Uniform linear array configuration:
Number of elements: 32
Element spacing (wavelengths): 0.25
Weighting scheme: hann
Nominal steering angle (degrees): -60
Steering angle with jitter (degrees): -60.472
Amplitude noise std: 0.05
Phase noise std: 0.05

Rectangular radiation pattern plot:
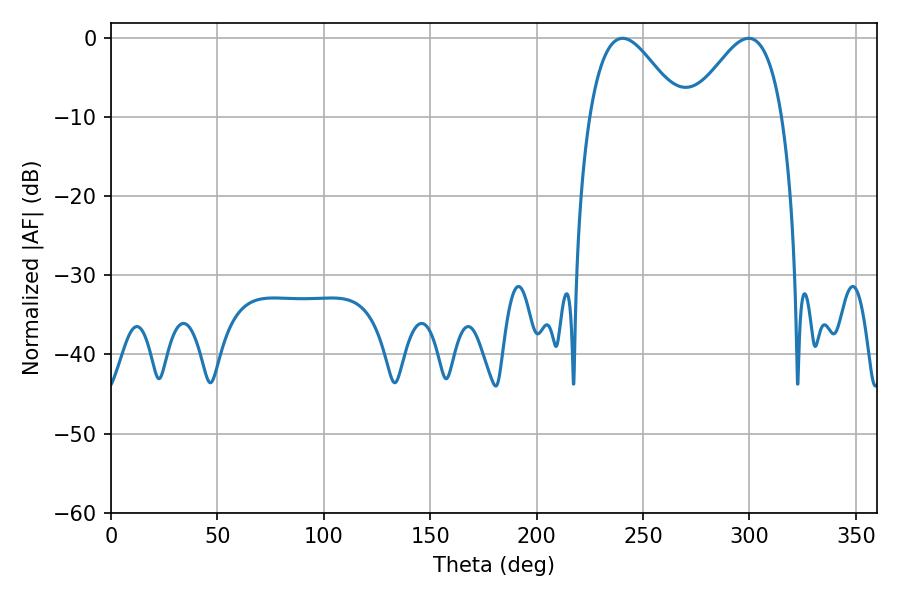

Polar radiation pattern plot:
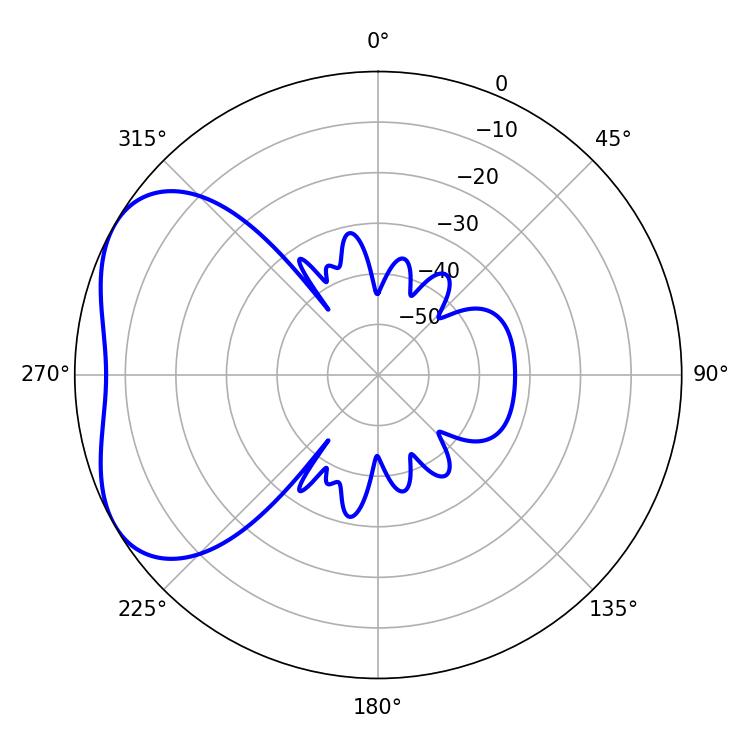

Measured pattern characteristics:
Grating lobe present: FALSE
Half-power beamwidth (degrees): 23.22
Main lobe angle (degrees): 240.3